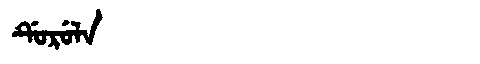
Manchu: ᡩᡠᡵᡠᠯᠠ
Romanization: DURULA